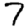
Digit: 7